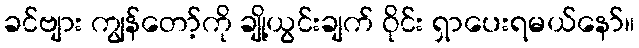
ခင်ဗျား ကျွန်တော့်ကို ချို့ယွင်းချက် ဝိုင်း ရှာပေးရမယ်နော်။